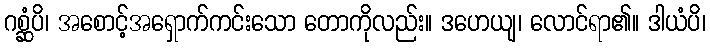
ဂစ္ဆံပိ၊ အစောင့်အရှောက်ကင်းသော တောကိုလည်း။ ဒဟေယျ၊ လောင်ရာ၏။ ဒါယံပိ၊